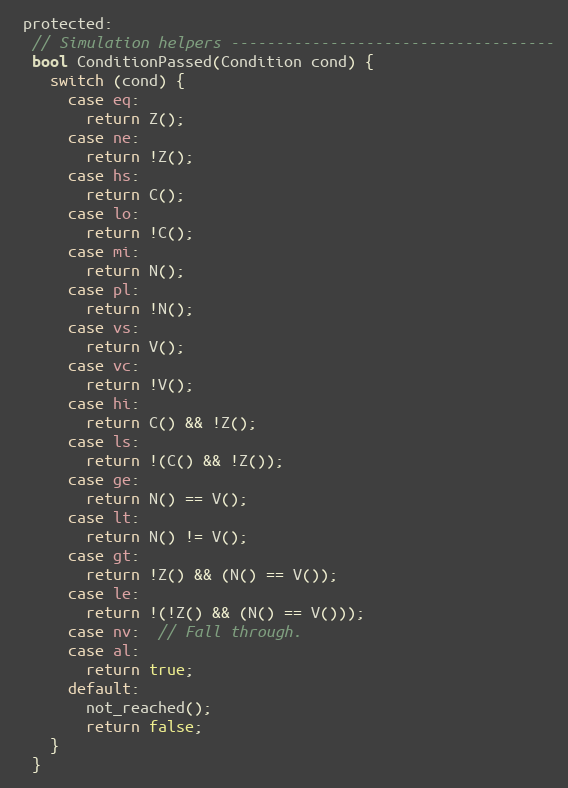
Language: C
 protected:
  // Simulation helpers ------------------------------------
  bool ConditionPassed(Condition cond) {
    switch (cond) {
      case eq:
        return Z();
      case ne:
        return !Z();
      case hs:
        return C();
      case lo:
        return !C();
      case mi:
        return N();
      case pl:
        return !N();
      case vs:
        return V();
      case vc:
        return !V();
      case hi:
        return C() && !Z();
      case ls:
        return !(C() && !Z());
      case ge:
        return N() == V();
      case lt:
        return N() != V();
      case gt:
        return !Z() && (N() == V());
      case le:
        return !(!Z() && (N() == V()));
      case nv:  // Fall through.
      case al:
        return true;
      default:
        not_reached();
        return false;
    }
  }